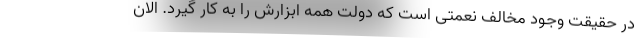
در حقیقت وجود مخالف نعمتی است که دولت همه ابزارش را به کار گیرد. الان